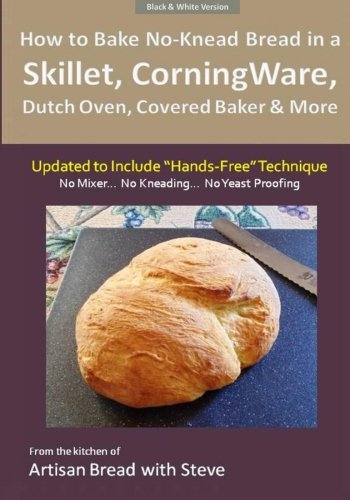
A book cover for How to Bake No-Knead Bread in a Skillet, CorningWare, Dutch Oven, Covered Baker & More (Updated to Include "Hands-Free" Technique) (B&W Version): From the kitchen of Artisan Bread with Steve; Steve Gamelin; Cookbooks, Food & Wine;